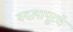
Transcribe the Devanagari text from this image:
बदलापूरचे